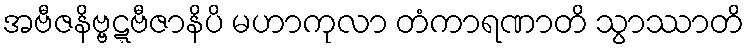
အဗီဇနိဗ္ဗဋ္ဋဗီဇာနိပိ မဟာကုလာ တံကာရဏာတိ သွာဿာတိ